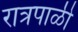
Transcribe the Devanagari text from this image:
रात्रपाळी